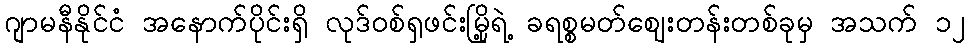
ဂျာမနီနိုင်ငံ အနောက်ပိုင်းရှိ လုဒ်ဝစ်ရှဖင်းမြို့ရဲ့ ခရစ္စမတ်ဈေးတန်းတစ်ခုမှ အသက် ၁၂